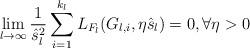
LaTeX: \begin{align*}\lim_{l\to \infty}\frac 1 {\hat{s}_{l}^2}\sum_{i=1}^{k_l} L_{F_l}(G_{l,i}, \eta\hat s_l) =0, \forall \eta>0\end{align*}